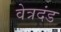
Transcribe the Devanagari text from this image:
वेत्रदंड